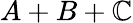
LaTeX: A+B+\mathbb{C}